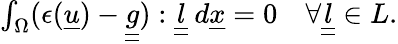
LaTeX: \begin{array}{r}{\int_{\Omega}(\epsilon(\underline{{u}})-\underline{{\underline{{g}}}}):\underline{{\underline{{l}}}}\: d\underline{{x}}=0\quad\forall\underline{{\underline{{l}}}}\in L.}\end{array}